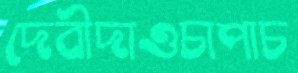
দেবীদাওচাপাচ